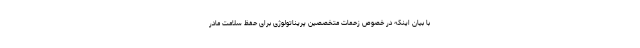
با بیان اینکه در خصوص زحمات متخصصین پریناتولوژی برای حفظ سلامت مادر